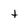
Character: t